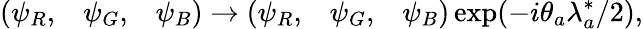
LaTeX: \left(\begin{array}{ccc}{{\psi_{R},}}&{{\psi_{G},}}&{{\psi_{B}}}\end{array}\right)\rightarrow\left(\begin{array}{ccc}{{\psi_{R},}}&{{\psi_{G},}}&{{\psi_{B}}}\end{array}\right)\exp(-i\theta_{a}\lambda_{a}^{*}/2),